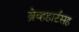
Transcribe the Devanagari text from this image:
ब्रेव्हहार्टसह